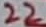
Text: 22